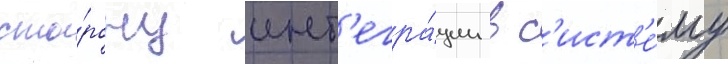
сто́рону инт'егра́ции в с'ист'е́му